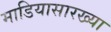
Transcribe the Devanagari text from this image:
माडियासारख्या